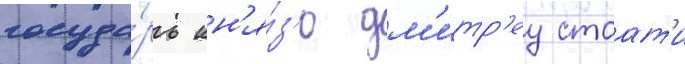
госуда́рь кн'я́з'ю дм'итр'еу стоат'и